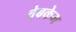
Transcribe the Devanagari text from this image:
वेबकेम